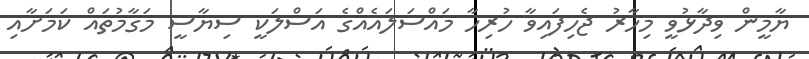
ޔާމީން ވިދާޅުވީ މިހާރު ޖެހިފައިވާ ހުރިހާ މައްސަލައެއްގެ އަސްލަކީ ސިޔާސީ މަގާމުތައް ކަމަށާއި